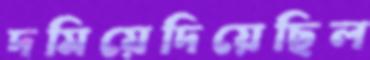
দমিয়েদিয়েছিল